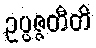
ဥပ္ပဇ္ဇတီတိ